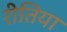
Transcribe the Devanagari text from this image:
रीतिया